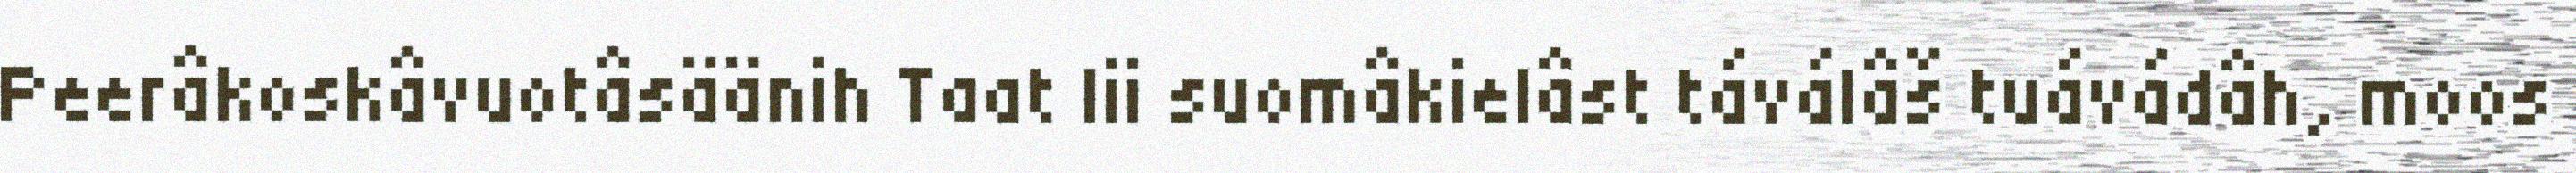
Peerâkoskâvuotâsäänih Taat lii suomâkielâst táválâš tuávádâh, moos